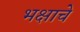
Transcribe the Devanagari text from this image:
भक्षाचे